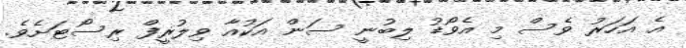
އެ އަހަރު ވެސް މި އެވޯޑު ލިބުނީ ސަން އަކުއާ ވިލުރީފް ރިސޯޓަށެވެ.